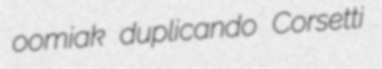
oomiak duplicando Corsetti